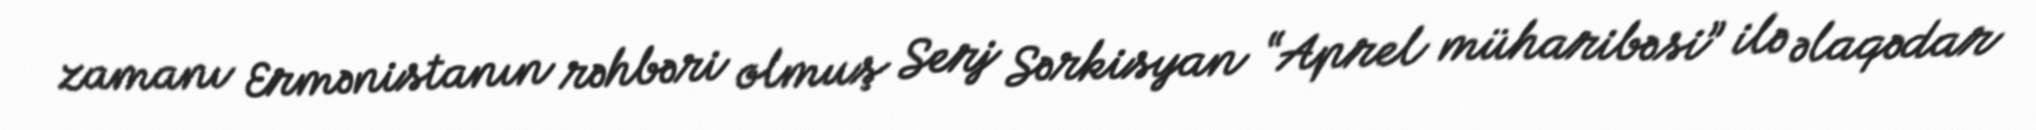
zamanı Ermənistanın rəhbəri olmuş Serj Sərkisyan “Aprel müharibəsi” ilə əlaqədar